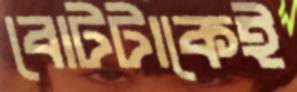
বোটটাকেই